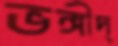
ভঙ্গীদ্